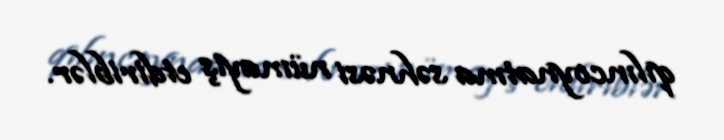
qılıncoynatma səhnəsi nümayiş etdiriblər.